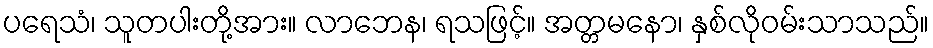
ပရေသံ၊ သူတပါးတို့အား။ လာဘေန၊ ရသဖြင့်။ အတ္တမနော၊ နှစ်လိုဝမ်းသာသည်။